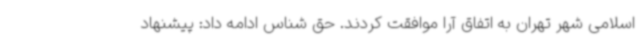
اسلامی شهر تهران به اتفاق آرا موافقت کردند. حق شناس ادامه داد: پیشنهاد